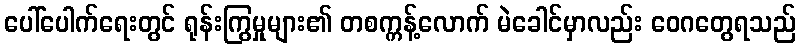
ပေါ်ပေါက်ရေးတွင် ရုန်းကြွမှုများ၏ တစက္ကန့်လောက် မဲခေါင်မှာလည်း ဝေဂတွေရသည်